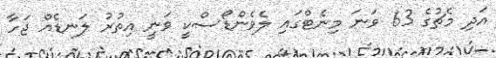
އަދި މެޗުގެ 63 ވަނަ މިނެޓްގައި ލެވެންޑޯސްކީ ވަނީ އިތުރު ލަނޑެއް ޖަހާ